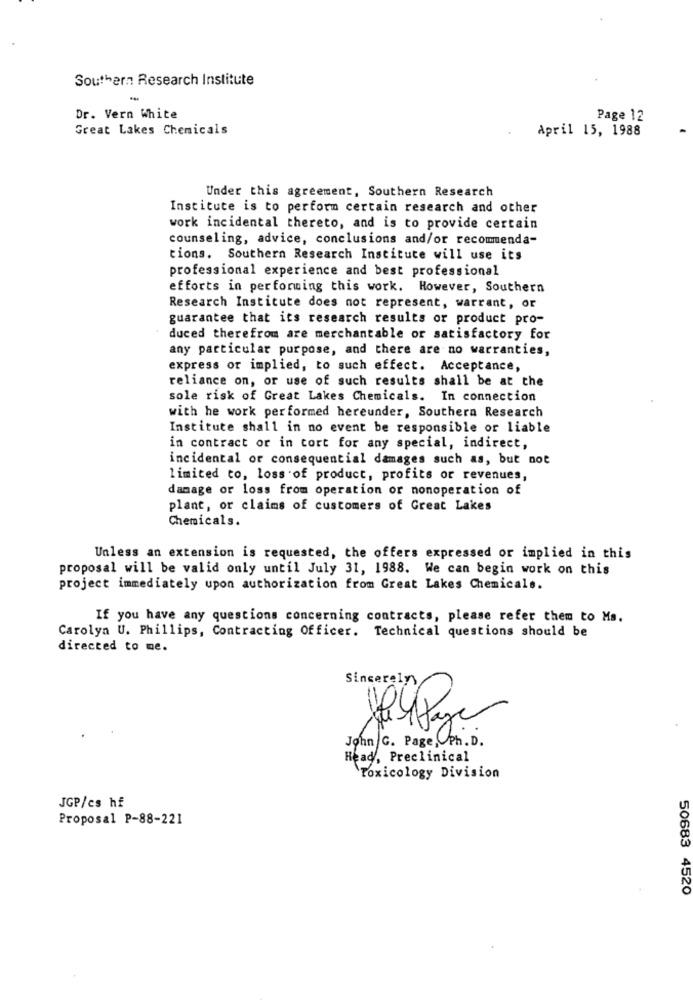
Southern Research Institute
Dr. Vern White
Page 12
Great Lakes Chemicals
April 15, 1988
Under this agreement, Southern Research
Institute is to perform certain research and other
work incidental thereto, and is to provide certain
counseling, advice, conclusions and/or recomenda-
tions. Southern Research Institute will use its
professional experience and best professional
efforts in performing this work. However, Southern
Research Institute does not represent, warrant, or
guarantee that its research results or product pro-
duced therefrom are merchantable or satisfactory for
any particular purpose, and there are no warranties,
express or implied, to such effect. Acceptance,
reliance on, or use of such results shall be at che
sole risk of Great Lakes Chemicals. In connection
with he work performed hereunder, Southern Research
Institute shall in no event be responsible or liable
in contract or in tort for any special, indirect,
incidental or consequential damages such as, but not
limited to, loss of product, profits or revenues,
damage or loss from operation or nonoperation of
plant, or claims of customers of Great Lakes
Chemicals.
Unless an extension is requested, the offers expressed or implied in this
proposal will be valid only until July 31, 1988. We can begin work on this
project immediately upon authorization from Great Lakes Chemicals.
If you have any questions concerning contracts, please refer them to Ms.
Carolyn U. Phillips, Contracting Officer. Technical questions should be
directed to me.
Sincerely
John C. Page, Ph. D.
Head, Preclinical
`Toxicology Division
JGP/cs hf
Proposal P-88-221
50683 4520